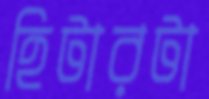
হিটারটা